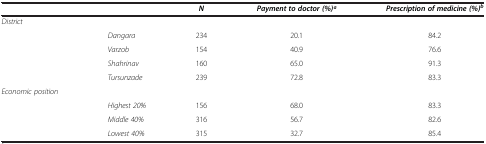
<table><thead><tr><td colspan="2"><b> </b></td><td><b><i>N</i></b></td><td><b><i>Payment to doctor (%)a</i></b></td><td><b><i>Prescription of medicine (%)</i><sup><i>b</i></sup></b></td></tr></thead><tbody><tr><td><i>District</i></td><td> </td><td> </td><td> </td><td> </td></tr><tr><td> </td><td><i>Dangara</i></td><td>234</td><td>20.1</td><td>84.2</td></tr><tr><td> </td><td><i>Varzob</i></td><td>154</td><td>40.9</td><td>76.6</td></tr><tr><td> </td><td><i>Shahrinav</i></td><td>160</td><td>65.0</td><td>91.3</td></tr><tr><td> </td><td><i>Tursunzade</i></td><td>239</td><td>72.8</td><td>83.3</td></tr><tr><td><i>Economic position</i></td><td> </td><td> </td><td> </td><td> </td></tr><tr><td> </td><td><i>Highest 20%</i></td><td>156</td><td>68.0</td><td>83.3</td></tr><tr><td> </td><td><i>Middle 40%</i></td><td>316</td><td>56.7</td><td>82.6</td></tr><tr><td> </td><td><i>Lowest 40%</i></td><td>315</td><td>32.7</td><td>85.4</td></tr></tbody></table>